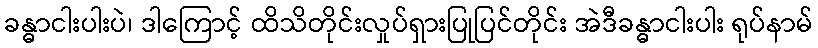
ခန္ဓာငါးပါးပဲ၊ ဒါကြောင့် ထိသိတိုင်းလှုပ်ရှားပြုပြင်တိုင်း အဲဒီခန္ဓာငါးပါး ရုပ်နာမ်